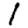
Digit: 1